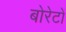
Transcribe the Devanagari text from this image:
बोरेटों